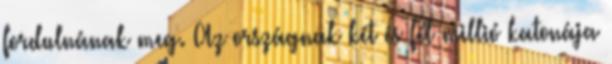
fordulnának meg. Az országnak két és fél millió katonája